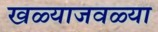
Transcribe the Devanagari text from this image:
खळ्याजवळ्या